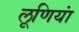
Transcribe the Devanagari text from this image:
लूणियां